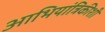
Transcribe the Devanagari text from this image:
आभियांत्रिकीशी